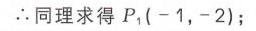
\(\therefore\)同理求得\(P_{1}(-1,-2)\)；